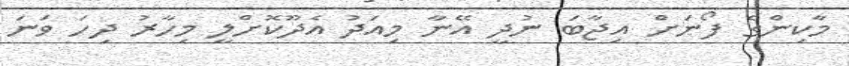
މާކިންގެ ފޯނަށް އިޖާބަ ނުދީ އޭނާ މިއަދު އެދޫކޮށްލީ މިހާރު ދިހަ ވަނަ